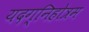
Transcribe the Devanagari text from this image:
यदग्निहोत्रम